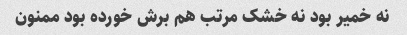
نه خمیر بود نه خشک مرتب هم برش خورده بود ممنون